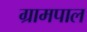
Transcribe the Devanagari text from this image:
ग्रामपाल